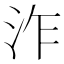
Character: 泎